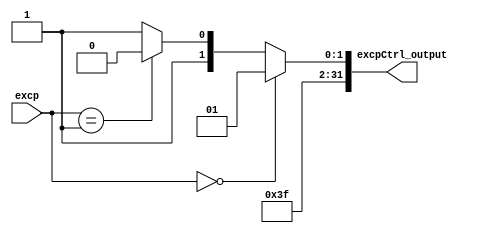
module excpCtrl (
    input wire [1:0] excp,
    output wire [31:0] excpCtrl_output
);

    assign excpCtrl_output = excp == 2'b00 ? 32'd253 : excp == 2'b001 ? 32'd254 : 32'd255;

endmodule